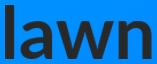
lawn